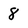
Character: 8